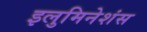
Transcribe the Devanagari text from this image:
इलुमिनेशंस